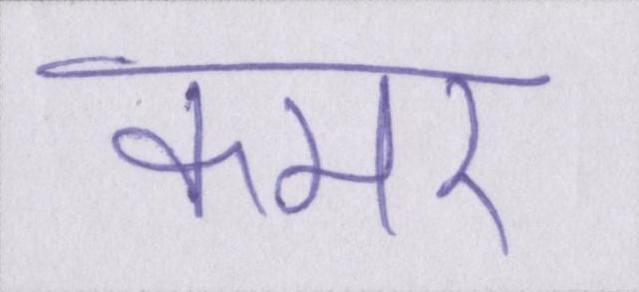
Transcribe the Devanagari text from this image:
कमर